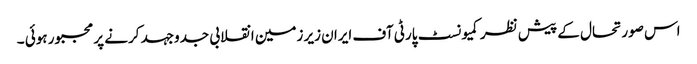
اس صورتحال کے پیش نظر کمیونسٹ پارٹی آف ایران زیر زمین انقلابی جدوجہد کرنے پر مجبور ہوئی ۔